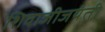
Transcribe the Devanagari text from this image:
शिवाजीजयंती